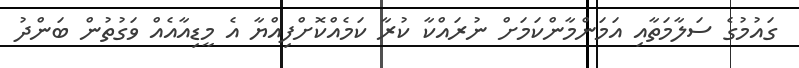
ގައުމުގެ ސަލާމަތާއި އަމަންމާންކަމަށް ނުރައްކާ ކުރާ ކަމެއްކޮށްފިއްޔާ އެ މީޑިއާއެއް ވަގުތުން ބަންދު